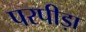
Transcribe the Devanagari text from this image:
परपीड़ा